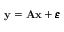
\mathbf { y } = \mathbf { A } \mathbf { x } + \pmb \varepsilon